Annual returns of the Patna Lunatic Asylum at Bankipore in Bihar and Orissa - 1912-1924
Year: 1912
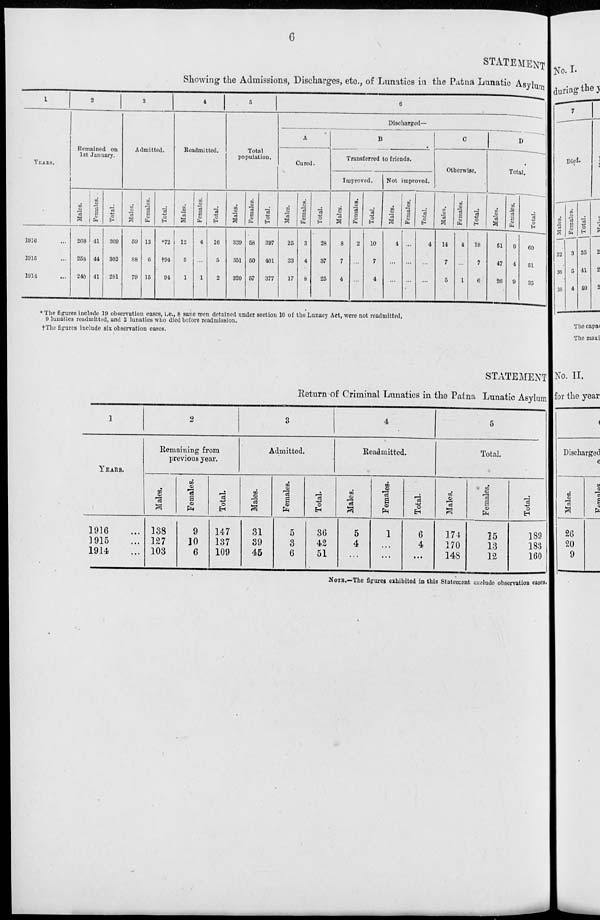
6
STATEMENT
Showing the Admissions, Discharges, etc., of Lunatics in the Patna Lunatic Asylum
1
YEARS.
1916 ...
1915 ...
1914 ...
2
Remained on
1st January.
Males.
268
258
240
Females.
41
44
41
Total.
309
302
281
3
Admitted.
Males.
59
88
79
Females.
13
6
15
Total.
*72
†94
94
4
Readmitted.
Males.
12
5
1
Females.
4
...
1
Total.
16
5
2
5
Total
population.
Males.
339
351
320
Females.
58
50
57
Total.
397
401
377
6
Discharged—
A
Cured.
Males.
25
33
17
Females.
3
4
8
Total.
28
37
25
B
Transferred to friends.
Improved.
Males.
8
7
4
Females.
2
...
...
Total.
10
7
4
Not improved.
Males.
4
...
...
Females.
...
...
...
Total.
4
...
...
C
Otherwise.
Males.
14
7
5
Females.
4
...
1
Total.
18
7
6
D
Total.
Males.
51
47
26
Females.
9
4
9
Total.
60
51
35
* The figures include 19 observation cases, i.e., 8 sane men detained under section 16 of the Lunacy Act, were not readmitted,
9 lunatics readmitted, and 2 lunatics who died before readmission.
†The figures include six observation cases.
STATEMENT
Return of Criminal Lunatics in the Patna Lunatic Asylum
1
YEARS.
1916 ...
1915 ...
1914 ...
2
Remaining from
previous year.
Males,
138
127
103
Females.
9
10
6
Total.
147
137
109
3
Admitted.
Males.
31
39
45
Females.
5
3
6
Total.
36
42
51
4
Readmitted.
Males.
5
4
...
Females.
1
...
...
Total.
6
4
...
5
Total.
Males.
174
170
148
Females.
15
13
12
Total.
189
183
160
NOTE.—The figures exhibited in this Statement exclude observation cases.